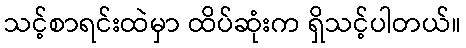
သင့်စာရင်းထဲမှာ ထိပ်ဆုံးက ရှိသင့်ပါတယ်။